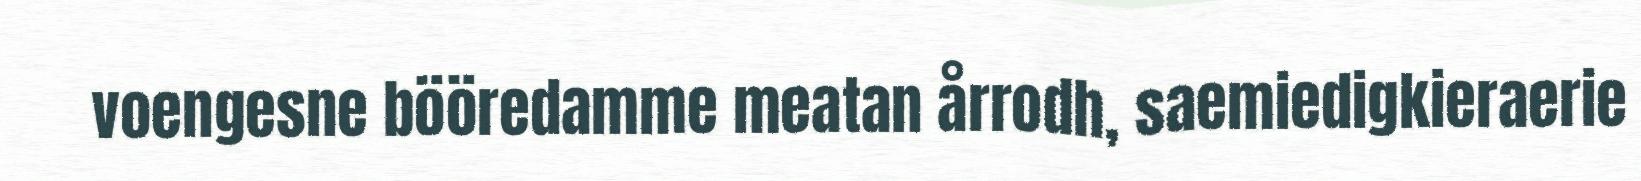
voengesne bööredamme meatan årrodh, saemiedigkieraerie